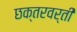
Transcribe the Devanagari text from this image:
छक्तरवर्ती